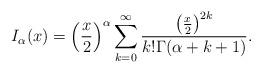
LaTeX: \begin{align*}I_{\alpha}(x)=\left(\frac{x}2\right)^{\alpha}\sum_{k=0}^\infty\frac{\left(\frac{x}2\right)^{2k}}{k!\Gamma(\alpha+k+1)}.\end{align*}